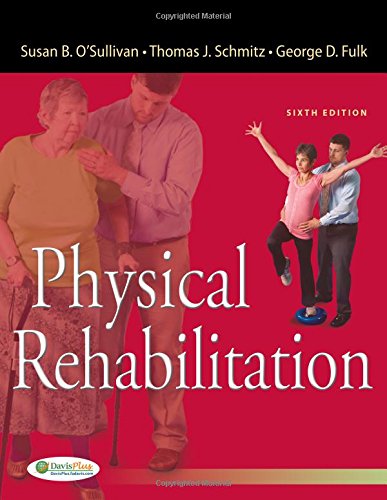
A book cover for Physical Rehabilitation (O'Sullivan, Physical Rehabilitation); Susan B. O'Sullivan PT  EdD; Medical Books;